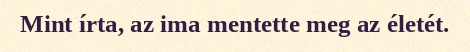
Mint írta, az ima mentette meg az életét.